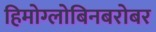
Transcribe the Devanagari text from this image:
हिमोग्लोबिनबरोबर